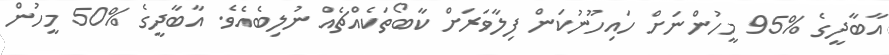
އާބާދީގެ %95 މީހުންނަށް ހައިހޫނުކަން ފިލާވަރަށް ކާބޯތަކެއްޗެއް ނުލިބެއެވެ. އާބާދީގެ %50 މީހުން